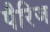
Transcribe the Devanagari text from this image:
पैरिज